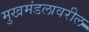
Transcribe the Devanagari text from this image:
मुखमंडलावरील